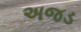
અજડ